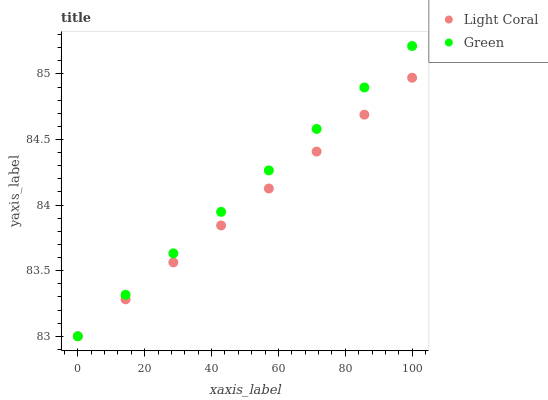
| xaxis_label | Light Coral | Green |
 | --- | --- | --- |
 | 0 | 83 | 83 |
 | 14.3 | 83.3 | 83.3 |
 | 28.6 | 83.6 | 83.6 |
 | 42.9 | 83.8 | 83.9 |
 | 57.1 | 84.1 | 84.3 |
 | 71.4 | 84.4 | 84.6 |
 | 85.7 | 84.7 | 84.9 |
 | 100 | 85 | 85.2 |